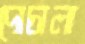
দোচালা